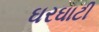
ઘરઘાટી